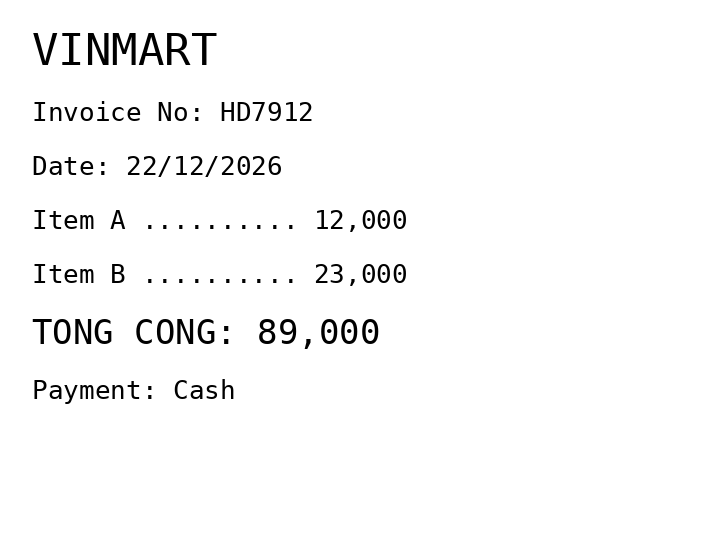
VINMART
Invoice No: HD7912
Date: 22/12/2026
Item A .......... 12,000
Item B .......... 23,000
TONG CONG: 89,000
Payment: Cash
Merchant: vinmart
Date: 2026-12-22
Total: 89000
Invoice No: HD7912
Payment method: CASH